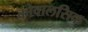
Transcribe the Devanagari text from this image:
कोवालसिक